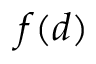
f ( d )